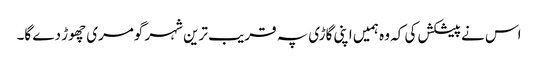
اس نے پیشکش کی کہ وہ ہمیں اپنی گاڑی پہ قریب ترین شہر گومری چھوڑ دے گا۔